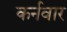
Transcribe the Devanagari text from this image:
कर्नवार